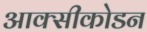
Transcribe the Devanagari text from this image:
आक्सीकोडन